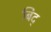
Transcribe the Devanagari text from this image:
बिद्